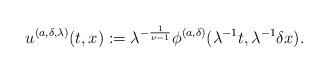
LaTeX: \begin{align*}u^{(a,\delta,\lambda)}(t,x):= \lambda^{-\frac{1}{\nu-1}} \phi^{(a,\delta)}(\lambda^{-1}t, \lambda^{-1}\delta x). \end{align*}